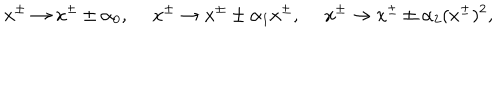
x ^ { \pm } \rightarrow x ^ { \pm } \pm \alpha _ { 0 } , ~ ~ x ^ { \pm } \rightarrow x ^ { \pm } \pm \alpha _ { 1 } x ^ { \pm } , ~ ~ x ^ { \pm } \rightarrow x ^ { \pm } \pm \alpha _ { 2 } ( x ^ { \pm } ) ^ { 2 } ,